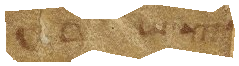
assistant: או שרוע